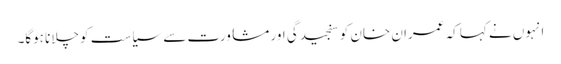
انہوں نے کہا کہ عمران خان کو سنجیدگی اور مشاورت سے سیاست کو چلانا ہوگا۔